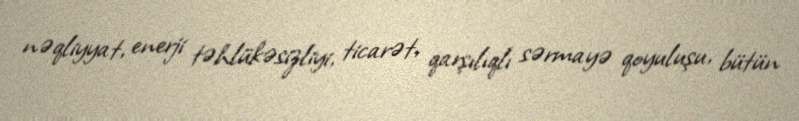
nəqliyyat, enerji təhlükəsizliyi, ticarət, qarşılıqlı sərmayə qoyuluşu, bütün